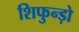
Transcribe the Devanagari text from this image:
शिफुन्ड़ो